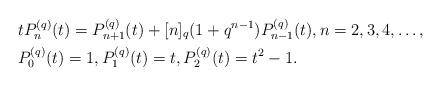
LaTeX: \begin{align*}&t P_n^{( q)}(t) = P_{n+1}^{( q)}(t) +[n]_q(1 + q^{n-1})P_{n-1}^{( q)}(t), n= 2,3,4,\dots, \\& P_0^{(q)}(t)=1, P_1^{( q)}(t) =t, P_{2}^{( q)}(t)=t^2-1. \end{align*}